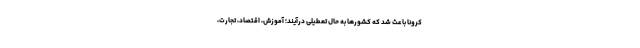
کرونا باعث شد که کشورها به حال تعطیلی درآیند؛ آموزش، اقتصاد، تجارت،